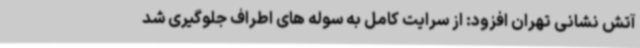
آتش نشانی تهران افزود: از سرایت کامل به سوله های اطراف جلوگیری شد